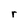
Character: r